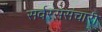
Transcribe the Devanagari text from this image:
सर्वरससंचारी